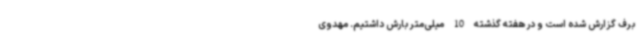
برف گزارش‌ شده است و در هفته گذشته 10 میلی‌متر بارش داشتیم. مهدوی